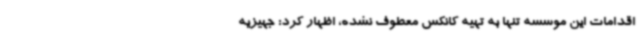
اقدامات این موسسه تنها به تهیه کانکس معطوف نشده، اظهار کرد: جهیزیه